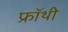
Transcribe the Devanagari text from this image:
फ्रॉथी